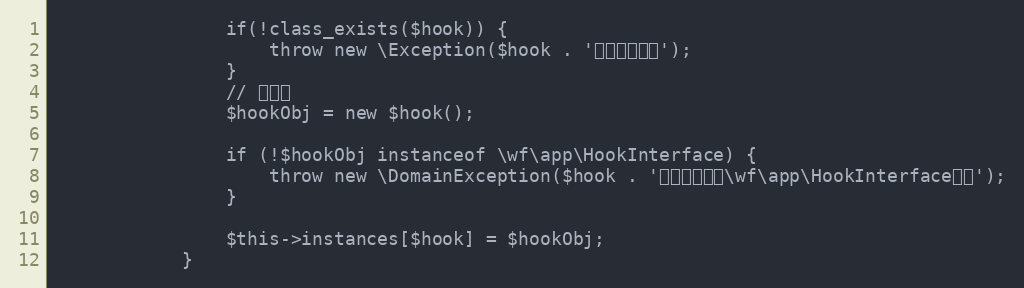
Language: PHP
                if(!class_exists($hook)) {
                    throw new \Exception($hook . '钩子类不存在');
                }
                // 类实例
                $hookObj = new $hook();

                if (!$hookObj instanceof \wf\app\HookInterface) {
                    throw new \DomainException($hook . '钩子必须实现\wf\app\HookInterface接口');
                }

                $this->instances[$hook] = $hookObj;
            }